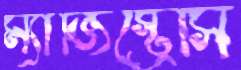
ম্যাজিস্ট্রেসি